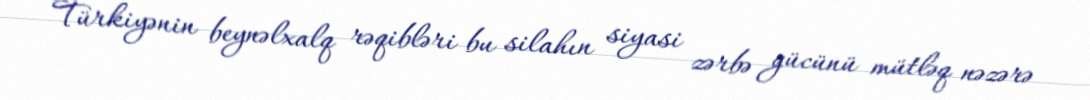
Türkiyənin beynəlxalq rəqibləri bu silahın siyasi zərbə gücünü mütləq nəzərə